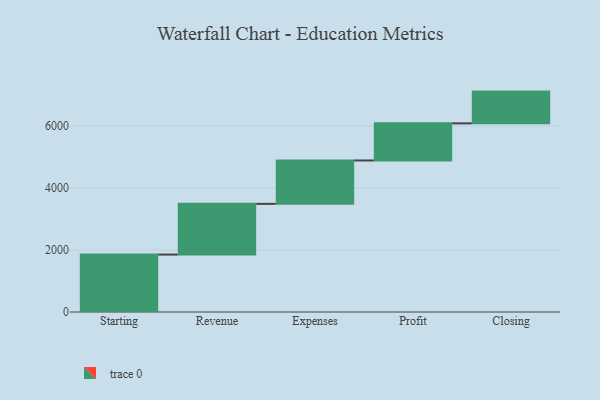
{"axis": {"x": "Step", "y": "Value"}, "legend": [""], "data": [{"x": "Starting", "y": 1852.0, "type": ""}, {"x": "Revenue", "y": 1636.0, "type": ""}, {"x": "Expenses", "y": 1399.0, "type": ""}, {"x": "Profit", "y": 1197.0, "type": ""}, {"x": "Closing", "y": 1024.0, "type": ""}]}